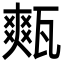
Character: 㼽